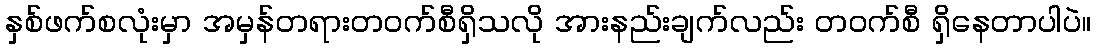
နှစ်ဖက်စလုံးမှာ အမှန်တရားတဝက်စီရှိသလို အားနည်းချက်လည်း တဝက်စီ ရှိနေတာပါပဲ။